DOW-UAP-D6, Mission Report, Arabian Gulf, 2020
Agency: Department of War
Incident location: Pacific Ocean
Page 4
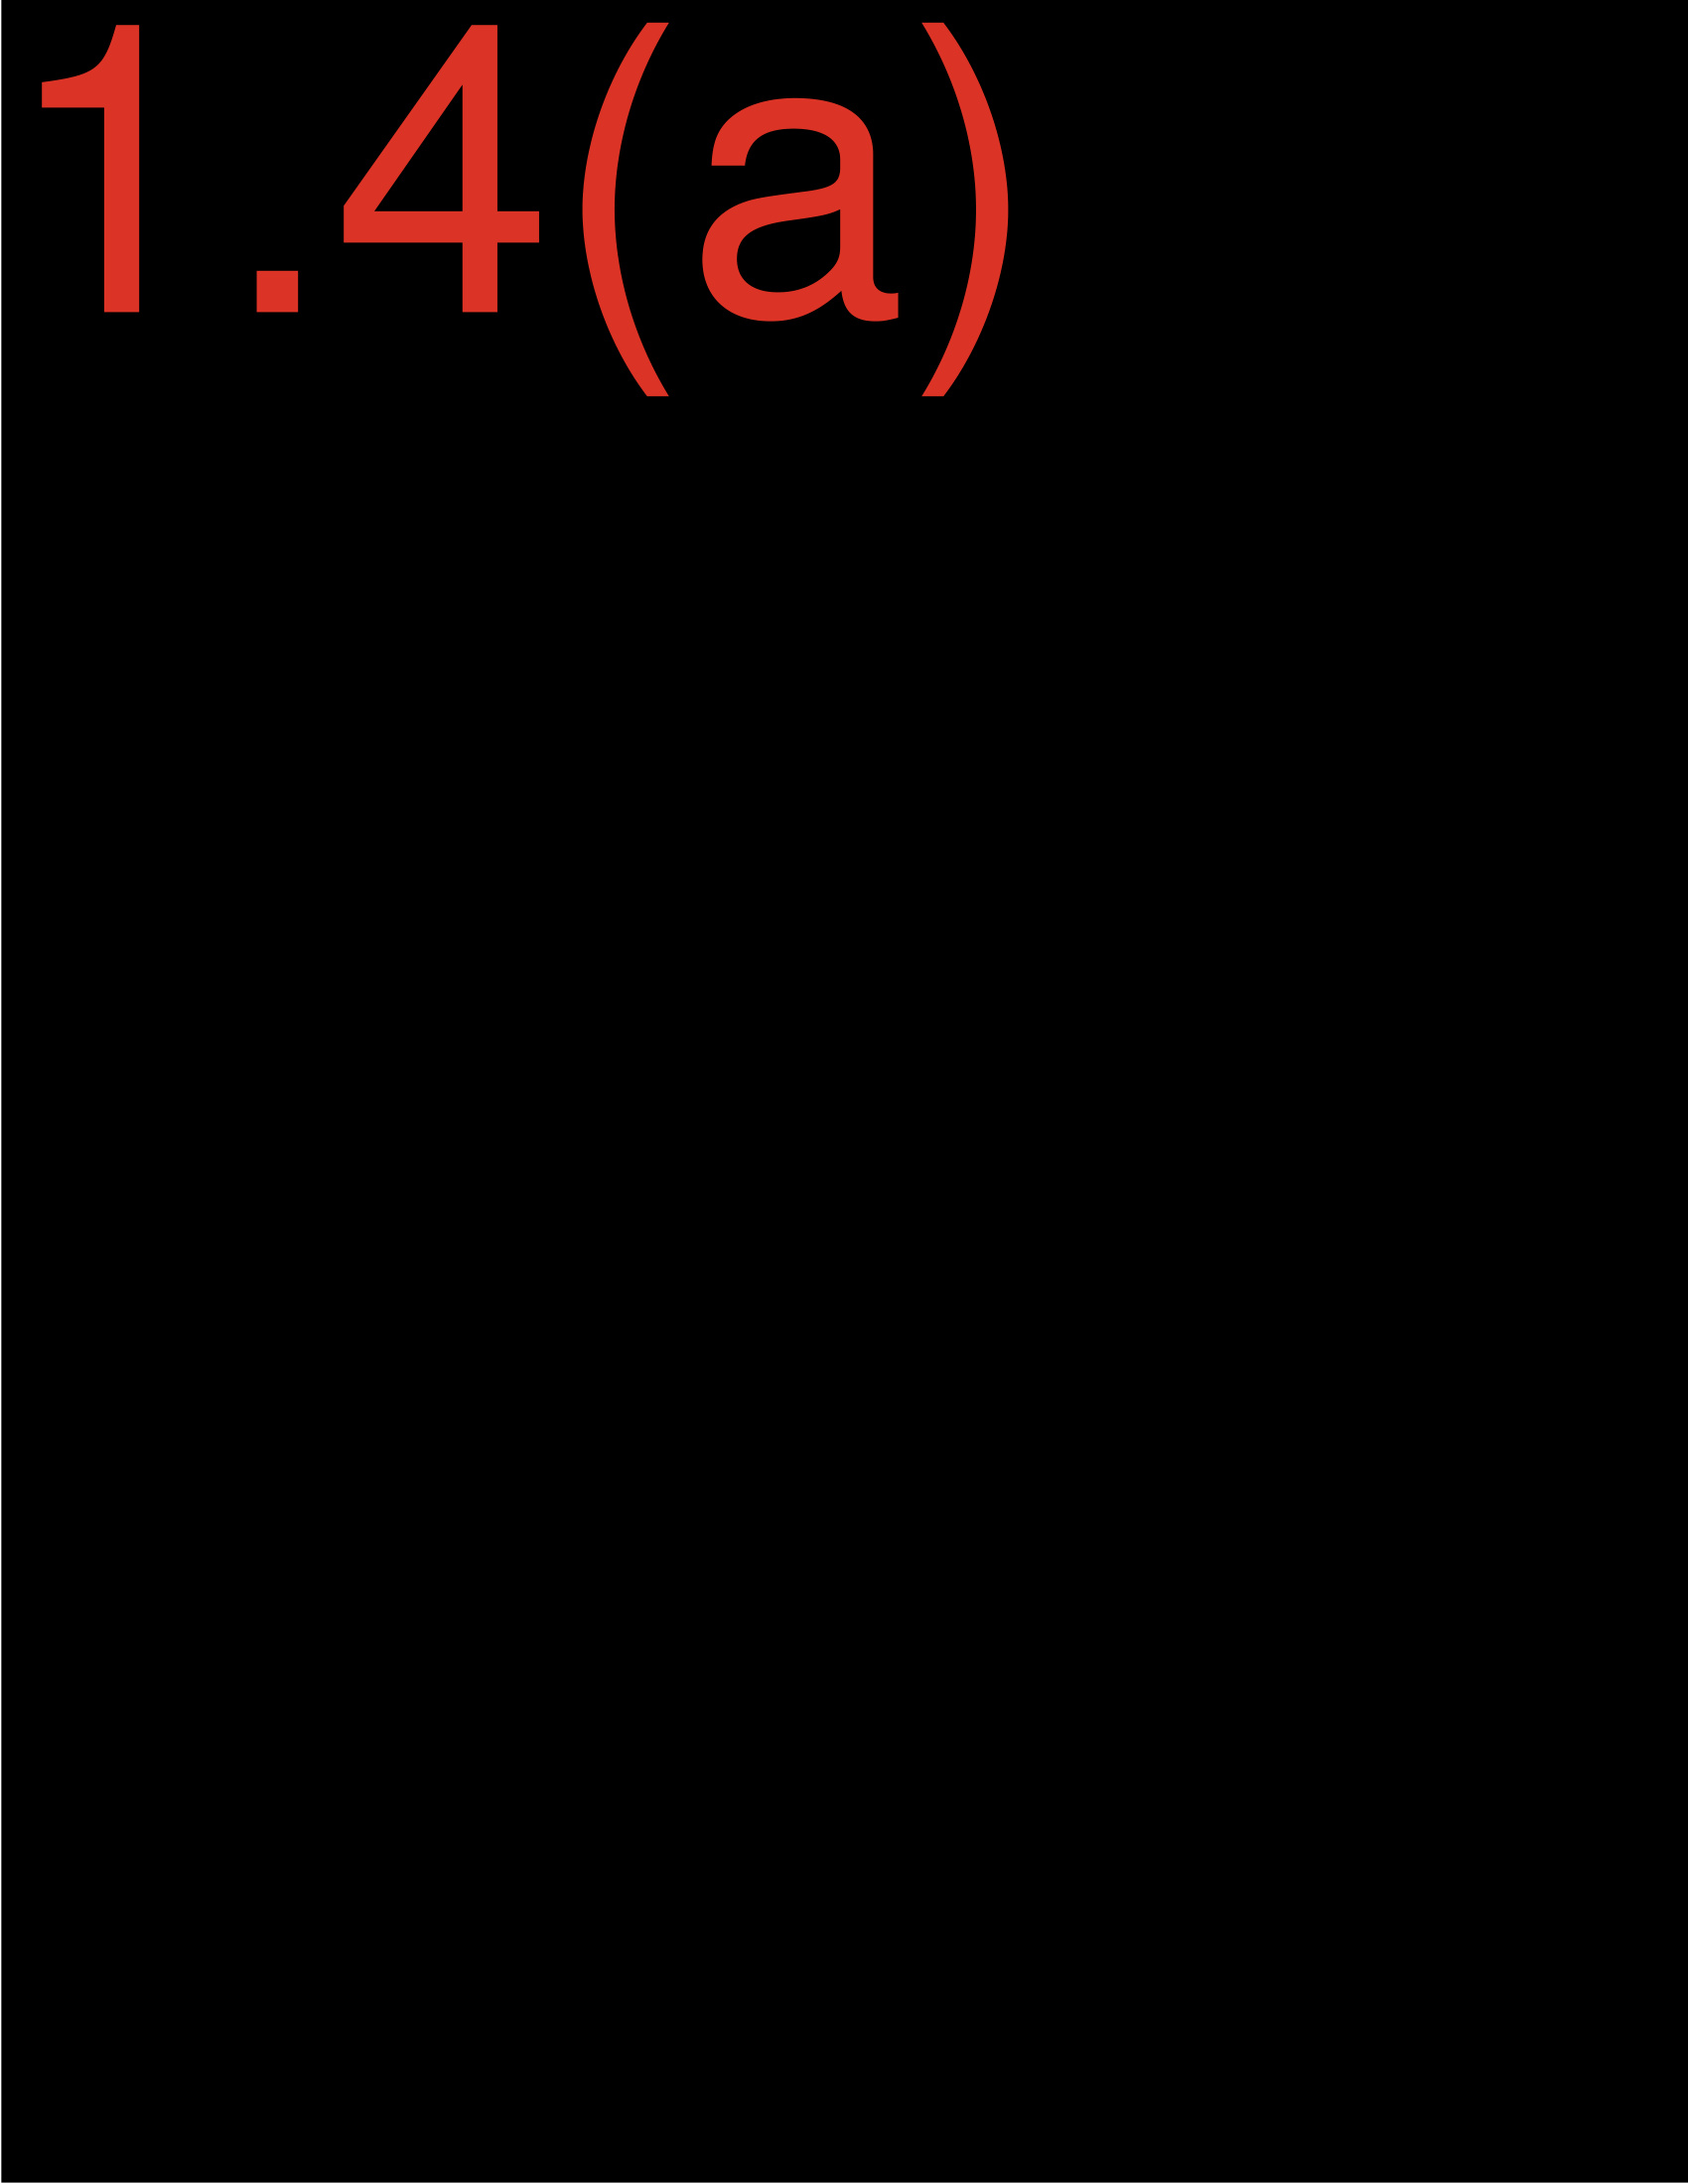